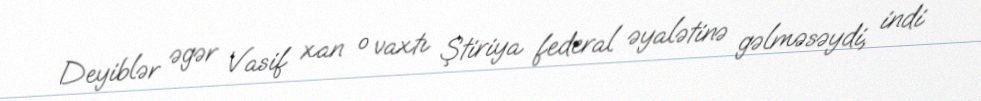
Deyiblər əgər Vasif xan o vaxtı Ştiriya federal əyalətinə gəlməsəydi, indi